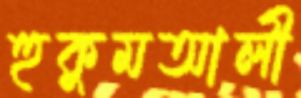
হুকুমআলী